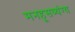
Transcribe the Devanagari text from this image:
मनहूसव्यंग्य